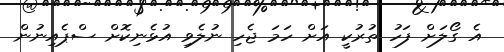
އެ ގޯލަށް ފަހު ތުރުކީ އަށް ހަމަ ޖެހި ނުލެވި އުޅެނިކޮށް ސްޕެއިނުން